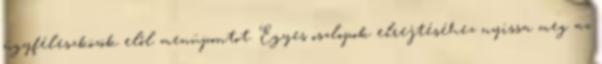
ügyféleszközök elől menüpontot. Egyes oszlopok elrejtéséhez nyissa meg az